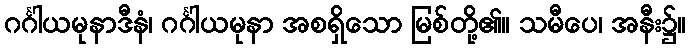
ဂင်္ဂါယမုနာဒီနံ၊ ဂင်္ဂါယမုနာ အစရှိသော မြစ်တို့၏။ သမီပေ၊ အနီး၌။